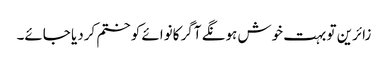
زائرین تو بہت خوش ہونگے آگر کانوائے کو ختم کردیا جائے۔